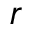
r